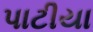
પાટીયા